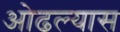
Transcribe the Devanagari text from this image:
ओढल्यास